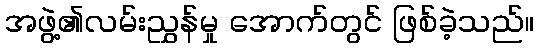
အဖွဲ့၏လမ်းညွှန်မှု အောက်တွင် ဖြစ်ခဲ့သည်။